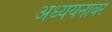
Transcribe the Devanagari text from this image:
अध्ययनावर